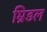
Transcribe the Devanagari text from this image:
म्रिडल